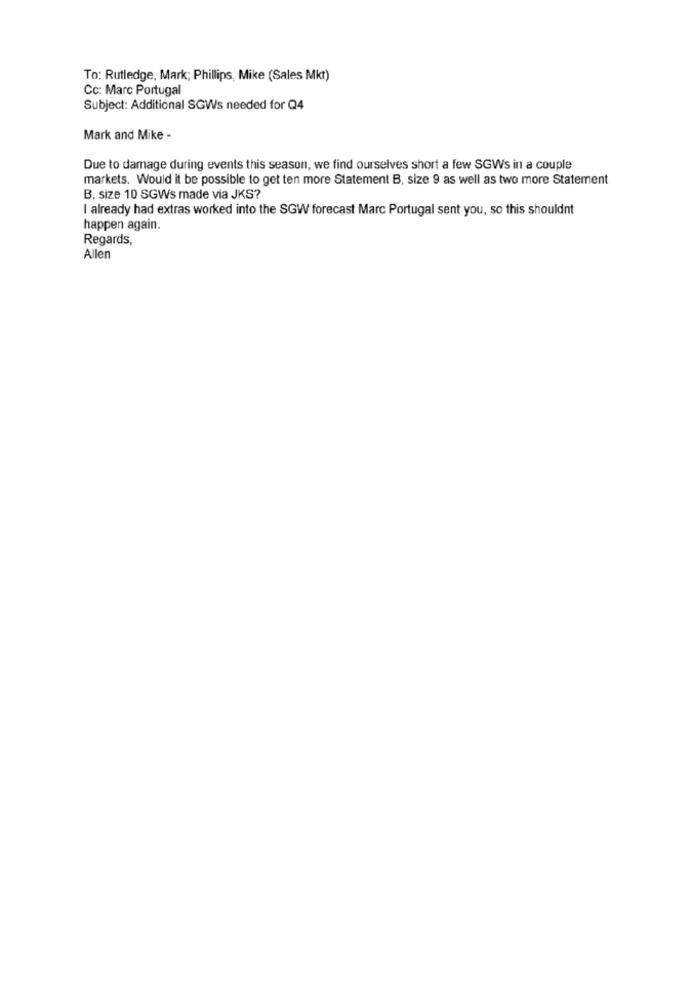
To: Rutledge, Mark; Phillips, Mike (Sales Mkt)
Cc: Marc Portugal
Subject: Additional SGWs needed for Q4
Mark and Mike -
Due to damage during events this season, we find ourselves short a few SGWs in a couple
markets. Would it be possible to get ten more Statement B, size 9 as well as two more Statement
B, size 10 SGWs made via JKS?
I already had extras worked into the SGW forecast Marc Portugal sent you, so this shouldnt
happen again.
Regards,
Allen